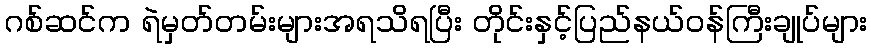
ဂစ်ဆင်က ရဲမှတ်တမ်းများအရသိရပြီး တိုင်းနှင့်ပြည်နယ်ဝန်ကြီးချုပ်များ